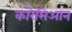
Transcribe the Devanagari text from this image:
कारेसिआन